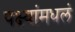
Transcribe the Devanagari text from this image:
पक्ष्यांमधलं